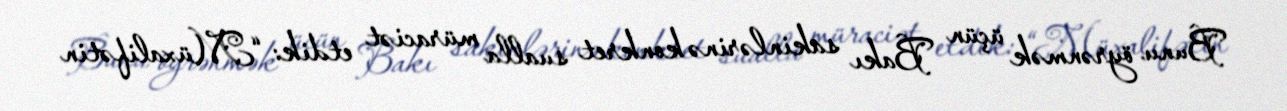
Bunu öyrənmək üçün Bakı sakinlərinə konkret sualla müraciət etdik: “Müxalifətin